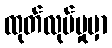
ထုတ်လုပ်မှုမှာ